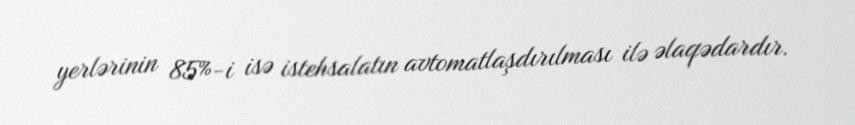
yerlərinin 85%-i isə istehsalatın avtomatlaşdırılması ilə əlaqədardır.